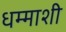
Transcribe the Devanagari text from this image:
धम्माशी